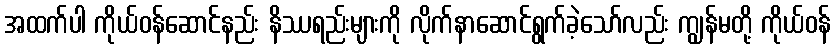
အထက်ပါ ကိုယ်ဝန်ဆောင်နည်း နိဿရည်းများကို လိုက်နာဆောင်ရွက်ခဲ့သော်လည်း ကျွန်မတို့ ကိုယ်ဝန်